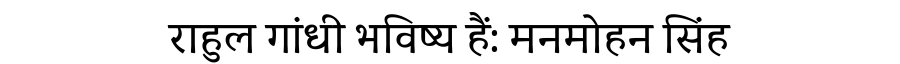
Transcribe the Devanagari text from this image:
राहुल गांधी भविष्य हैं: मनमोहन सिंह